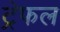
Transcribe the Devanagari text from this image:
ट्रेफल